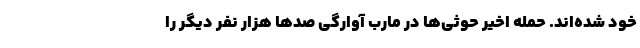
خود شده‌اند. حمله اخیر حوثی‌ها در مارب آوارگی صدها هزار نفر دیگر را